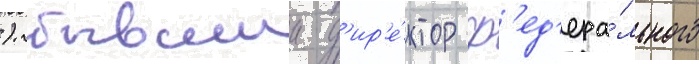
). бывшии д'ир'е́ктор ф'ед'ера́льного